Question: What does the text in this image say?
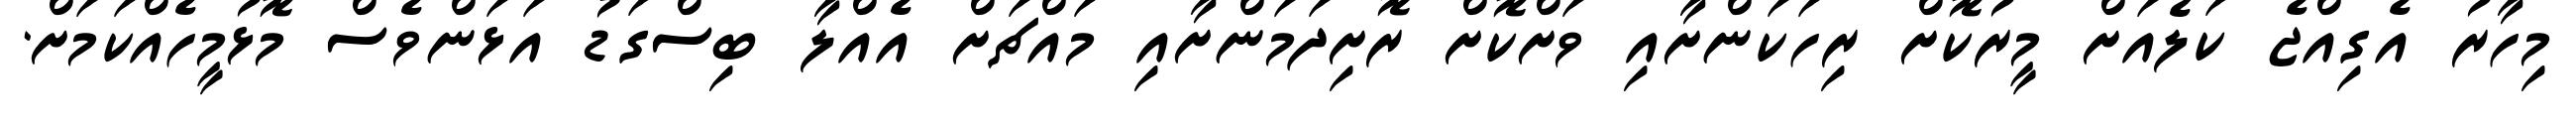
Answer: މިހާރު އެގިއްޖެ ކަލެއަށް މީރުކޮށް ރިހަކަންށާއި ވަށްކޮށް ރޮށިދަމަންށާއި މައްޗަށް އެއްލާ ބިސްގަޑު އަޅަންވެސް މޮޅުމީހެއްކަމަށް.